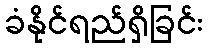
ခံနိုင်ရည်ရှိခြင်း